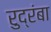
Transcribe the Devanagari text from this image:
रुद्रंबा